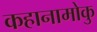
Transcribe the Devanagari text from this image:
कहानामोकु